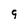
Character: g